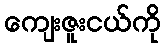
ကျေးဇူးငယ်ကို